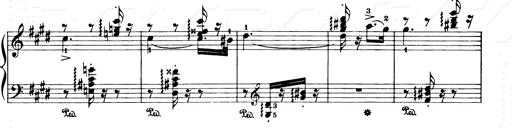
Title: Consolations and LiebestrÃ¤ume for the Piano
Composer: Franz Liszt